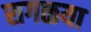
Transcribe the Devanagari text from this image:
सगळया